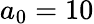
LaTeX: a_{0}=10